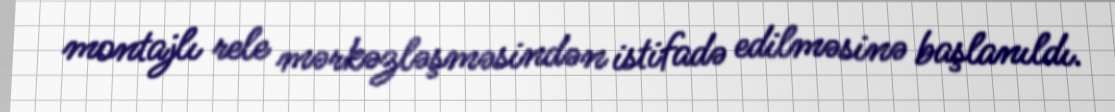
montajlı rele mərkəzləşməsindən istifadə edilməsinə başlanıldı.